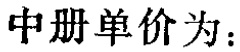
中册单价为：